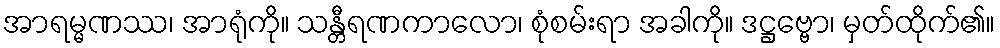
အာရမ္မဏဿ၊ အာရုံကို။ သန္တီရဏကာလော၊ စုံစမ်းရာ အခါကို။ ဒဋ္ဌဗ္ဗော၊ မှတ်ထိုက်၏။